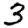
Digit: 3